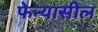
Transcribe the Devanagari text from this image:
फेन्यासील